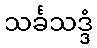
သင်္ခသဒ္ဒံ